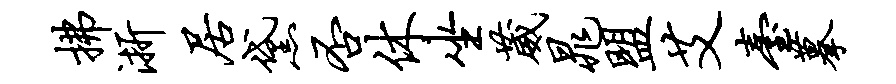
拂浙居黛否休坐葳晁盟艾台摹